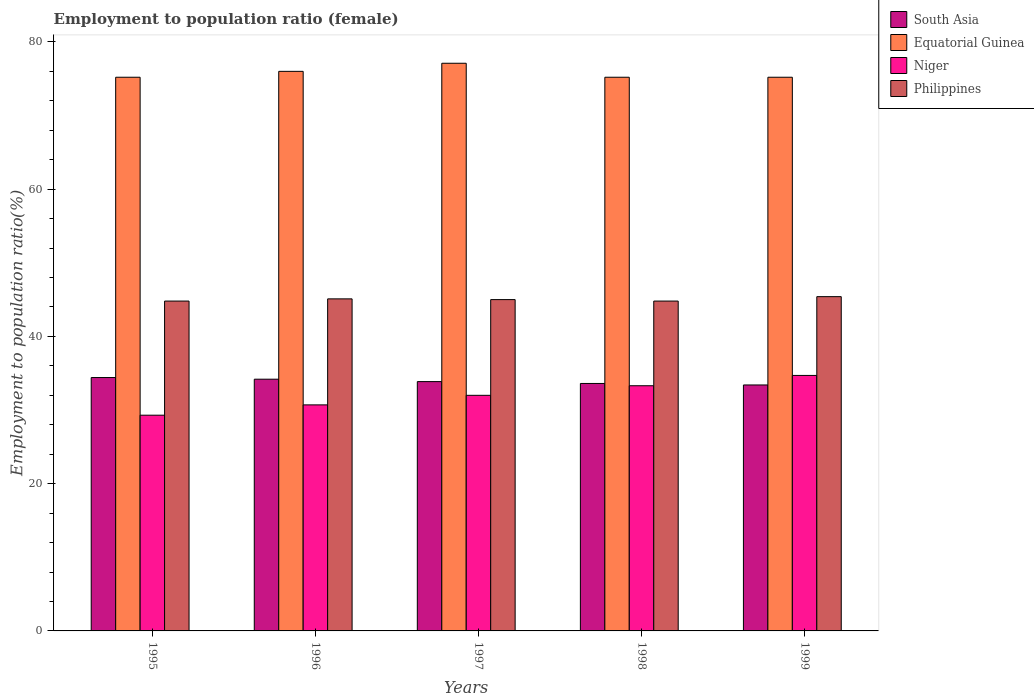
| Years | South Asia | Equatorial Guinea | Niger | Philippines |
 | --- | --- | --- | --- | --- |
 | 1995 | 34.4 | 75.2 | 29.3 | 44.8 |
 | 1996 | 34.2 | 76 | 30.7 | 45.1 |
 | 1997 | 33.9 | 77.1 | 32 | 45 |
 | 1998 | 33.6 | 75.2 | 33.3 | 44.8 |
 | 1999 | 33.4 | 75.2 | 34.7 | 45.4 |